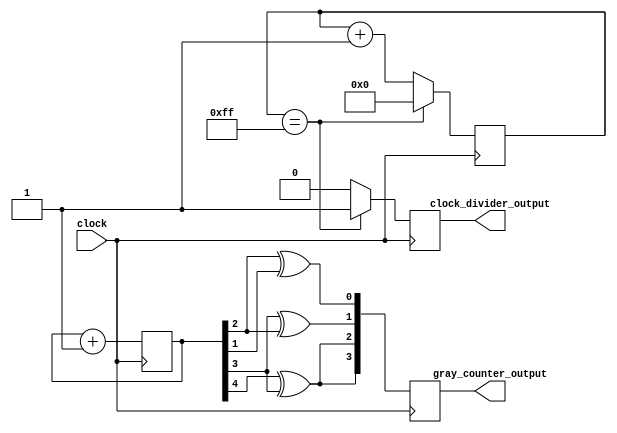
module timing_control(
    input wire clock,
    output reg [3:0] gray_counter_output,
    output wire clock_divider_output
);

reg [4:0] gray_counter;

always @(posedge clock) begin
    gray_counter <= gray_counter + 1;
    gray_counter_output <= {gray_counter[4] ^ gray_counter[3], gray_counter[4] ^ gray_counter[3], gray_counter[3] ^ gray_counter[2], gray_counter[2] ^ gray_counter[1]};
end

reg [7:0] divider_count;

always @(posedge clock) begin
    if(divider_count == 8'b11111111) begin
        divider_count <= 8'b0;
        clock_divider_output <= 1;
    end else begin
        divider_count <= divider_count + 1;
        clock_divider_output <= 0;
    end
end

endmodule